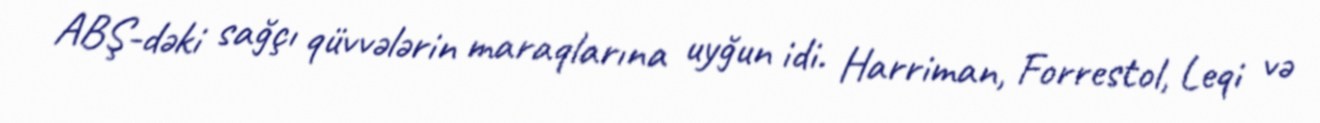
ABŞ-dəki sağçı qüvvələrin maraqlarına uyğun idi. Harriman, Forrestol, Leqi və